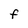
Character: F